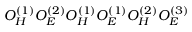
O _ { H } ^ { ( 1 ) } O _ { E } ^ { ( 2 ) } O _ { H } ^ { ( 1 ) } O _ { E } ^ { ( 1 ) } O _ { H } ^ { ( 2 ) } O _ { E } ^ { ( 3 ) }